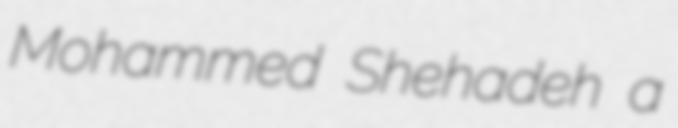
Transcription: Mohammed Shehadeh a